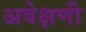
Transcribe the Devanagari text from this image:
अवेक्षणी